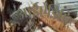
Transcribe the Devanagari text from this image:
आईऐडिपि